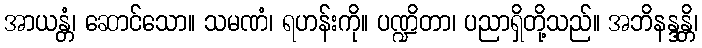
အာယန္တံ၊ ဆောင်သော။ သမဏံ၊ ရဟန်းကို။ ပဏ္ဍိတာ၊ ပညာရှိတို့သည်။ အဘိနန္ဒန္တိ၊